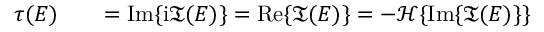
\begin{array} { r l r } { \tau ( E ) } & { { } } & { = \mathrm { I m } \{ \mathrm { i } \mathfrak { T } ( E ) \} = \mathrm { R e } \{ \mathfrak { T } ( E ) \} = - \mathcal { H } \{ \mathrm { I m } \{ \mathfrak { T } ( E ) \} \} } \end{array}